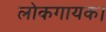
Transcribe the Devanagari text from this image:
लोकगायक।